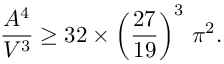
\frac { A ^ { 4 } } { V ^ { 3 } } \ge 3 2 \times \left( \frac { 2 7 } { 1 9 } \right) ^ { 3 } \, \pi ^ { 2 } .